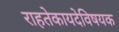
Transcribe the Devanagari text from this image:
राहतेकायदेविषयक